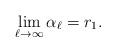
LaTeX: \begin{align*}\lim_{\ell\rightarrow \infty}\alpha_{\ell} = r_1. \end{align*}